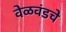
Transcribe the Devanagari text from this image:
वेळवंडचे